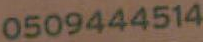
0509444514